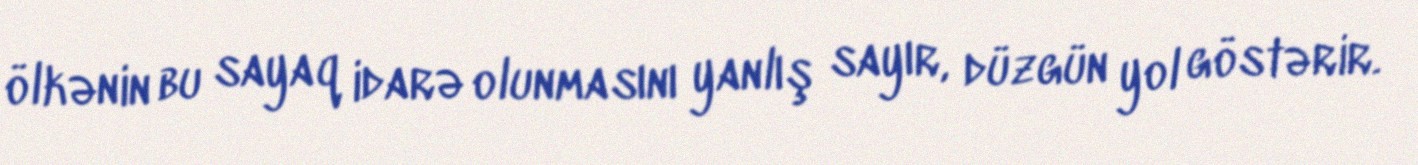
ölkənin bu sayaq idarə olunmasını yanlış sayır, düzgün yol göstərir.